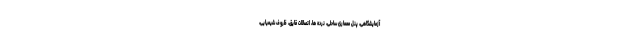
آزمایشگاهی، پنل معماری ساحلی، نرده ها، اتصالات قایق، ظروف شیمیایی،